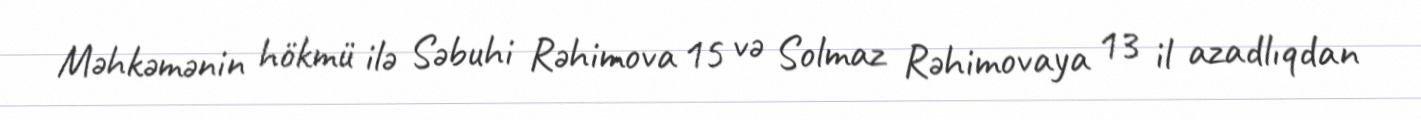
Məhkəmənin hökmü ilə Səbuhi Rəhimova 15 və Solmaz Rəhimovaya 13 il azadlıqdan